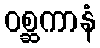
ဝစ္ဆကာနံ